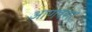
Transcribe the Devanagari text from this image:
आणवला